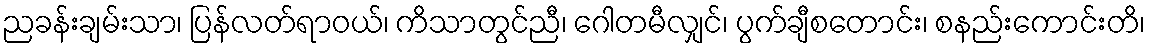
ညခန်းချမ်းသာ၊ ပြန်လတ်ရာဝယ်၊ ကိသာတွင်ညီ၊ ဂေါတမီလျှင်၊ ပွက်ချီစတောင်း၊ စနည်းကောင်းတိ၊